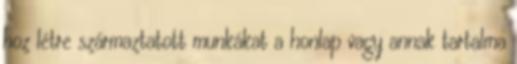
hoz létre származtatott munkákat a honlap vagy annak tartalma